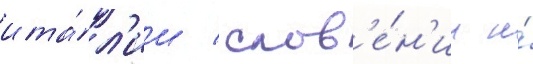
ита́л'ии / слов'е́н'ии и́